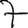
Digit: 7